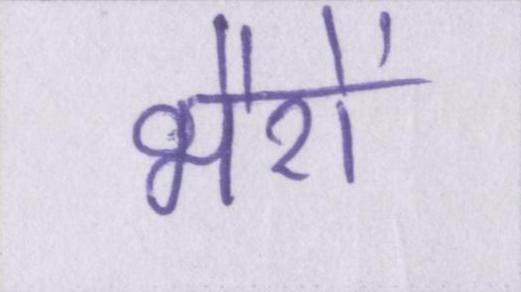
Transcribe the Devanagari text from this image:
भैरों